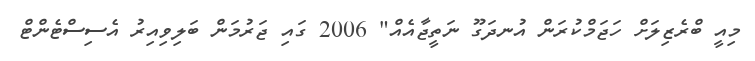
މިއީ ބްރެޒިލަށް ހަޖަމްކުރަން އުނދަގޫ ނަތީޖާއެއް" 2006 ގައި ޖަރުމަން ބަލިވިއިރު އެސިސްޓެންޓް